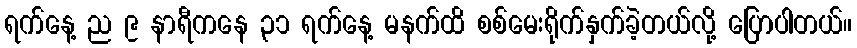
ရက်နေ့ ည ၉ နာရီကနေ ၃၁ ရက်နေ့ မနက်ထိ စစ်မေးရိုက်နှက်ခဲ့တယ်လို့ ပြောပါတယ်။